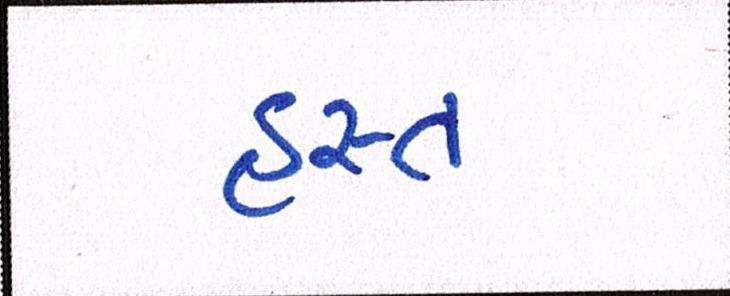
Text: હસ્ત